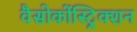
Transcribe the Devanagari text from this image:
वैसोकोंस्ट्रिक्शन